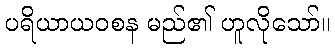
ပရိယာယဝစန မည်၏ ဟူလိုသော်။